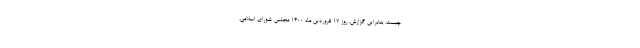
چیست. بنابراین گزارش، روز ۱۷ فروردین ماه ۱۴۰۰ مجلس شورای اسلامی،